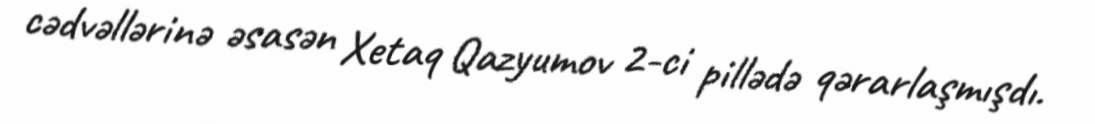
cədvəllərinə əsasən Xetaq Qazyumov 2-ci pillədə qərarlaşmışdı.